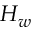
H _ { w }